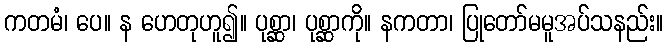
ကတမံ၊ ပေ။ န ဟေတုဟူ၍။ ပုစ္ဆာ၊ ပုစ္ဆာကို။ နကတာ၊ ပြုတော်မမူအပ်သနည်း။